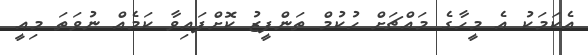
އެކަމަކު އެ މީހާގެ މައްޗަށް ހުކުމް ތަންފީޒު ކޮށްފައިވާ ކަމެއް ނުވަތަ މިއީ